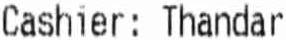
CASHIER: THANDAR